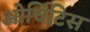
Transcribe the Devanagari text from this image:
ओर्चिटिस